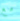
مع